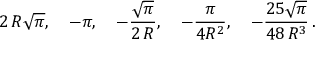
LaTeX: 2 \, R \sqrt \pi , \quad - \pi , \quad - \frac { \sqrt \pi } { 2 \, R } , \quad - \frac { \pi } { 4 R ^ { 2 } } , \quad - \frac { 2 5 \sqrt \pi } { 4 8 \, R ^ { 3 } } \, { . }